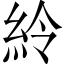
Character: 紷